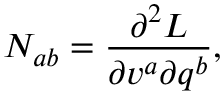
N _ { a b } = \frac { \partial ^ { 2 } L } { \partial v ^ { a } \partial q ^ { b } } ,